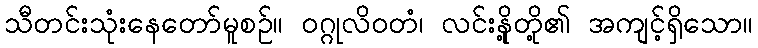
သီတင်းသုံးနေတော်မူစဉ်။ ဝဂ္ဂုလိဝတံ၊ လင်းနို့တို့၏ အကျင့်ရှိသော။